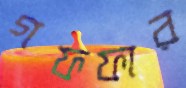
গফফার